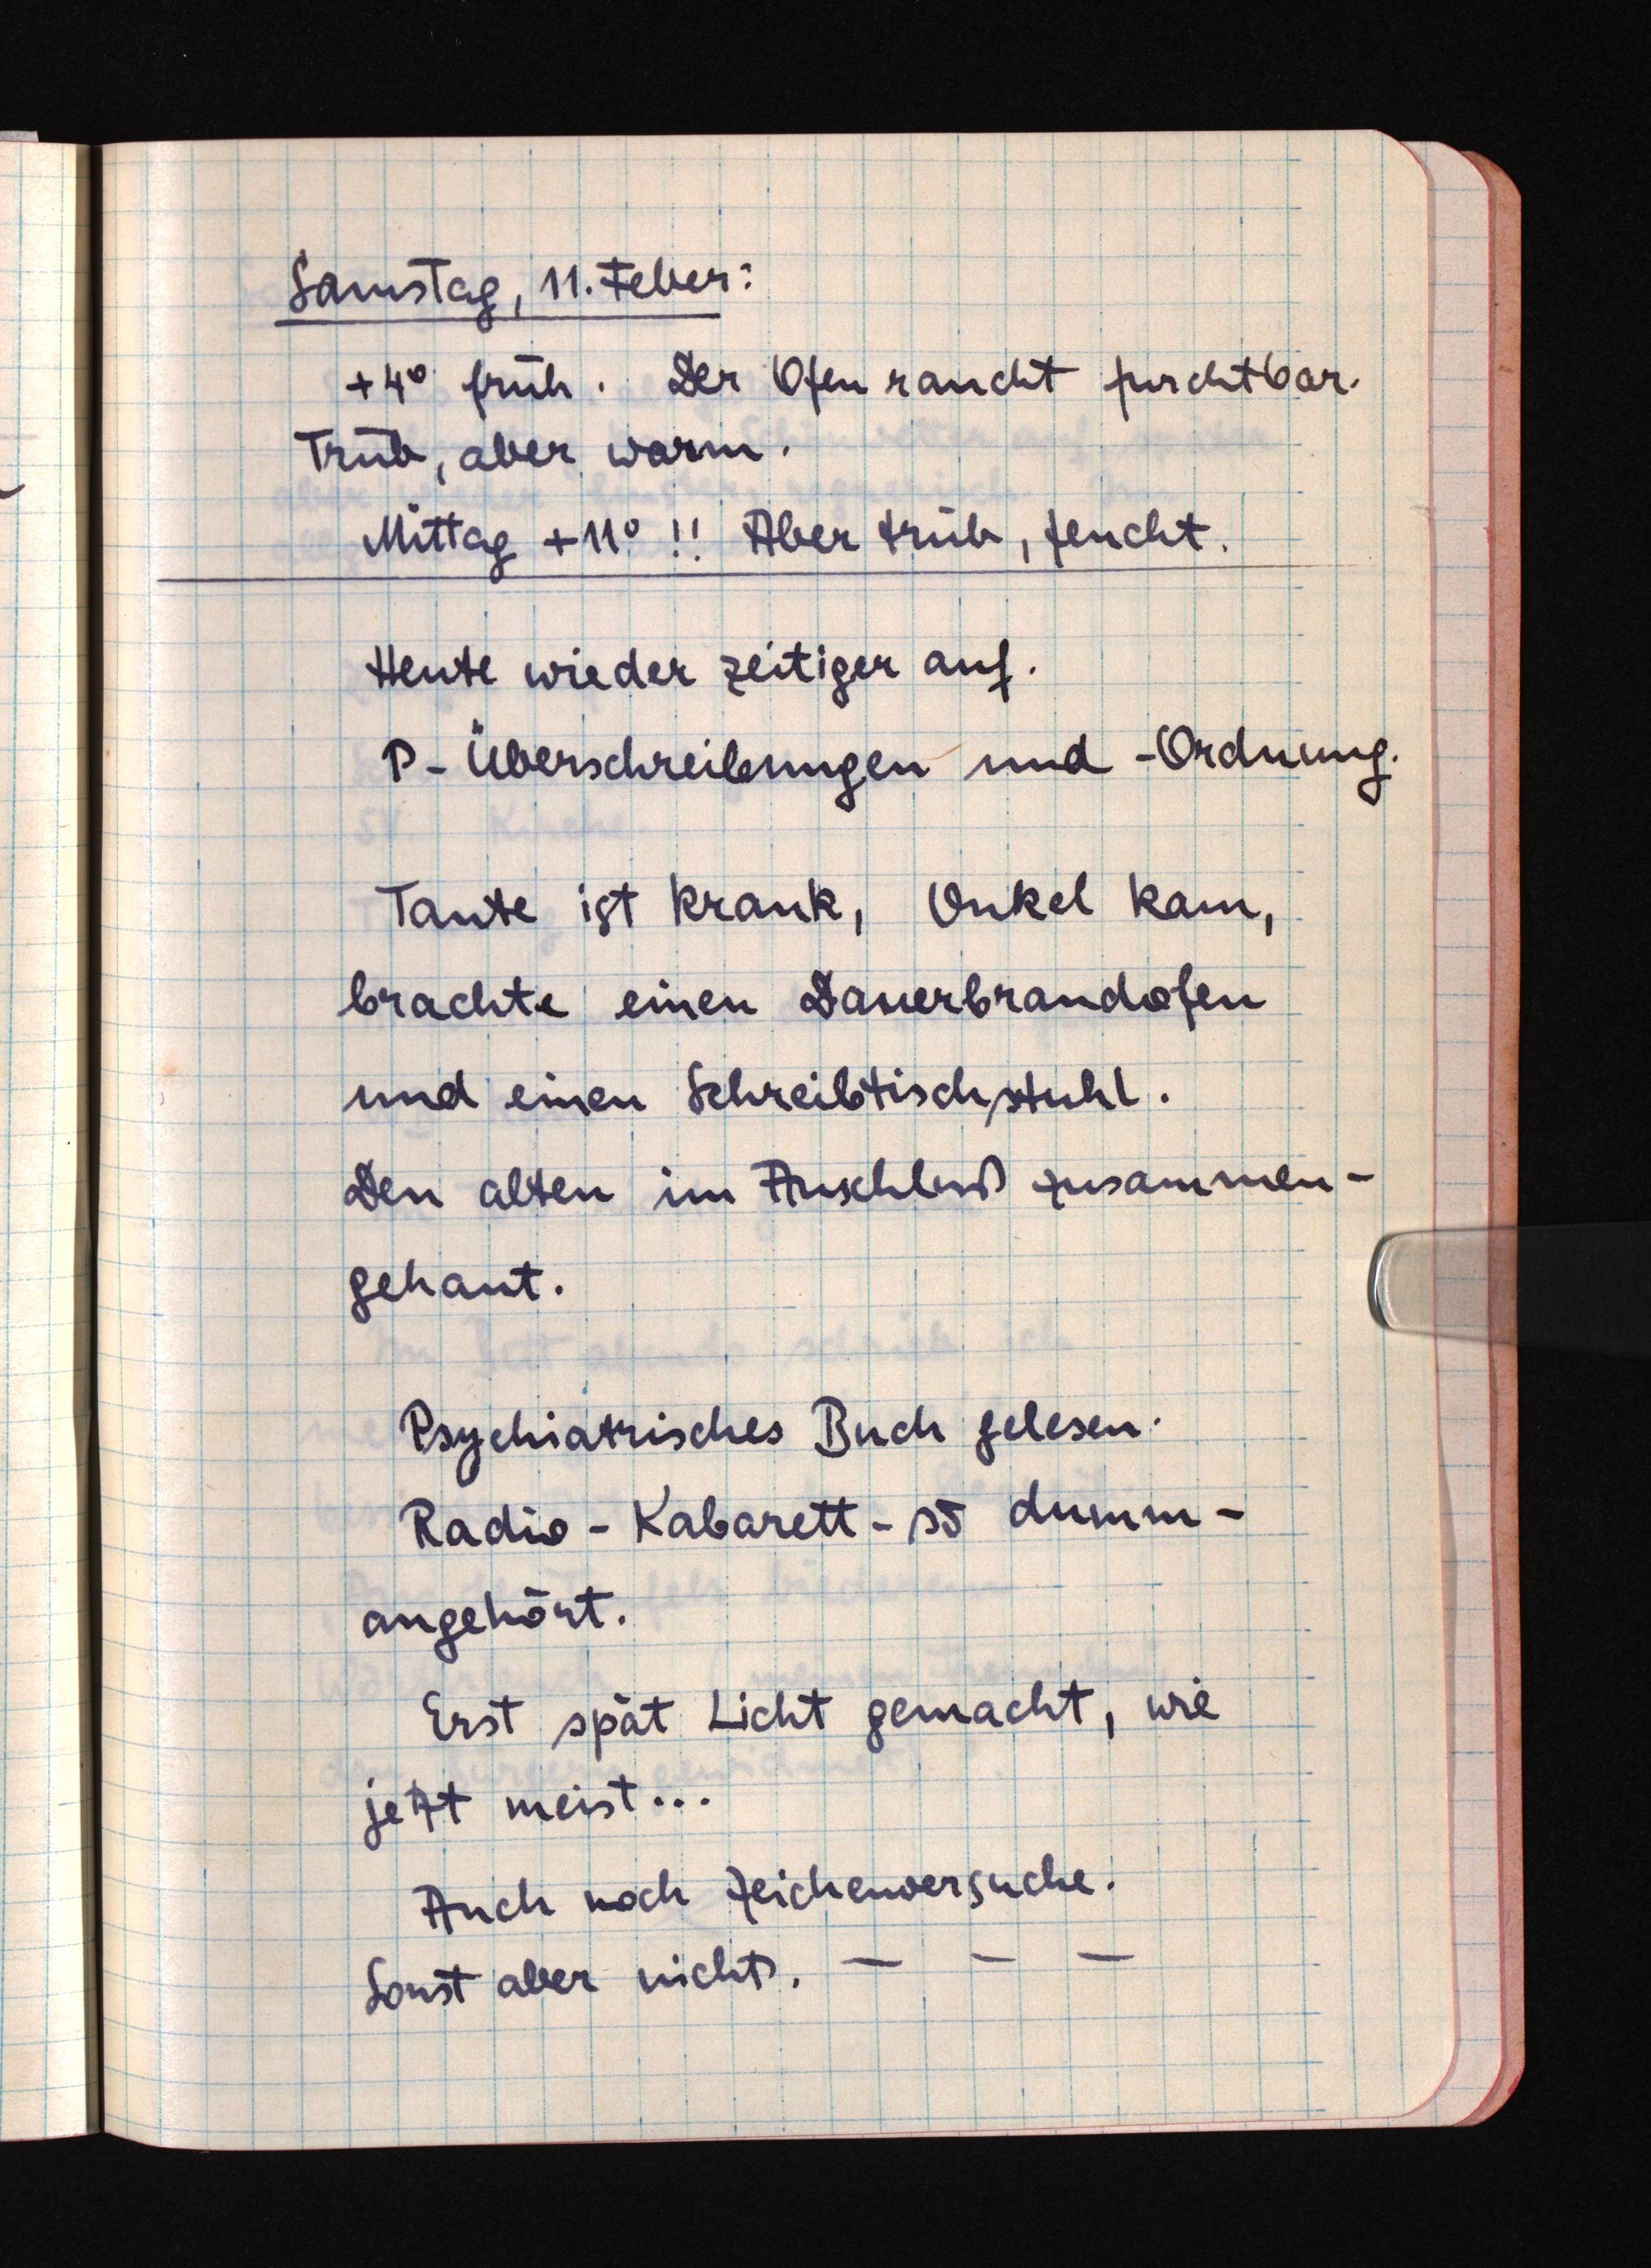
Samstag, 11. Feber:
+4° früh. Der Ofen raucht furchtbar.
Trüb, aber warm.
Mittag +11°!! Aber trüb, feucht.
Heute wieder zeitiger auf.
P-Überschreibungen und -Ordnung.
Tante ist krank, Onkel kam,
brachte einen Dauerbrandofen
und einen Schreibtischstuhl.
Den alten im Anschluß zusammen¬
gehaut.
Psychiatrisches Buch gelesen.
Radio-Kabarett - so dumm -
angehört.
Erst spät Licht gemacht, wie
jetzt meist ...
Auch noch Zeichenversuche.
Sonst aber nichts. - - -